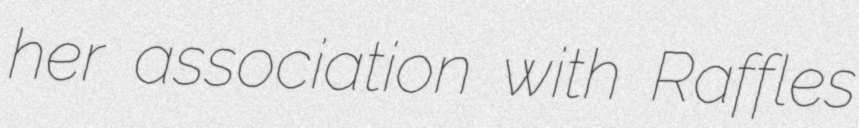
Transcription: her association with Raffles